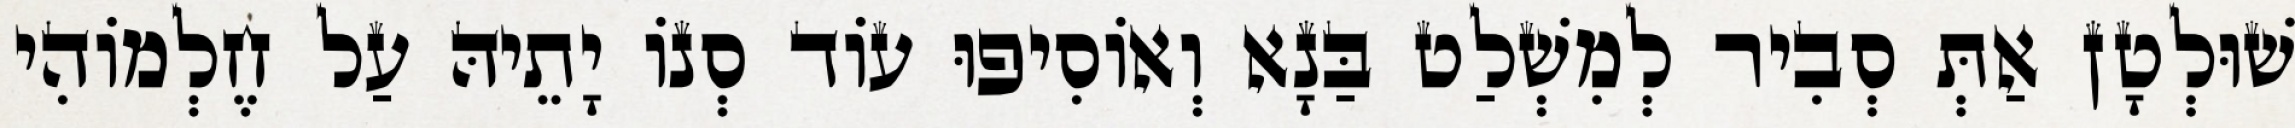
שׁוּלְטָן אַתְּ סְבִיר לְמִשְׁלַט בַּנָא וְאוֹסִיפוּ עוֹד סְנוֹ יָתֵיהּ עַל חֶלְמוֹהִי